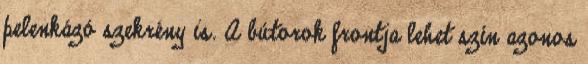
pelenkázó szekrény is. A bútorok frontja lehet szín azonos